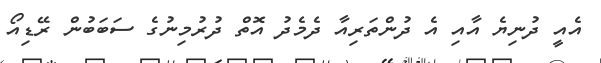
އެއީ ދުނިޔެ އާއި އެ ދުންތަރިއާ ދެމެދު އޮތް ދުރުމިނުގެ ސަބަބުން ރޭޑިއޯ